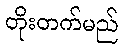
တိုးတက်မည်